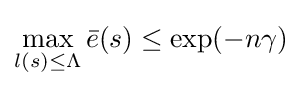
\displaystyle \max _{l(s)\leq \Lambda }{\bar {e}}(s)\leq \exp(-n\gamma )